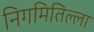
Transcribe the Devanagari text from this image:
निगमितिल्ला